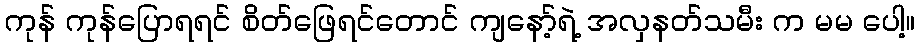
ကုန် ကုန်ပြောရရင် စိတ်ဖြေရင်တောင် ကျနော့်ရဲ့ အလှနတ်သမီး က မမ ပေါ့။